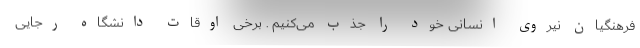
فرهنگیان نیروی انسانی خود را جذب می‌کنیم . برخی اوقات دانشگاه رجایی